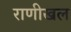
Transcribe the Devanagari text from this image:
राणीखल